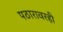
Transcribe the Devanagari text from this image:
पठारावरही